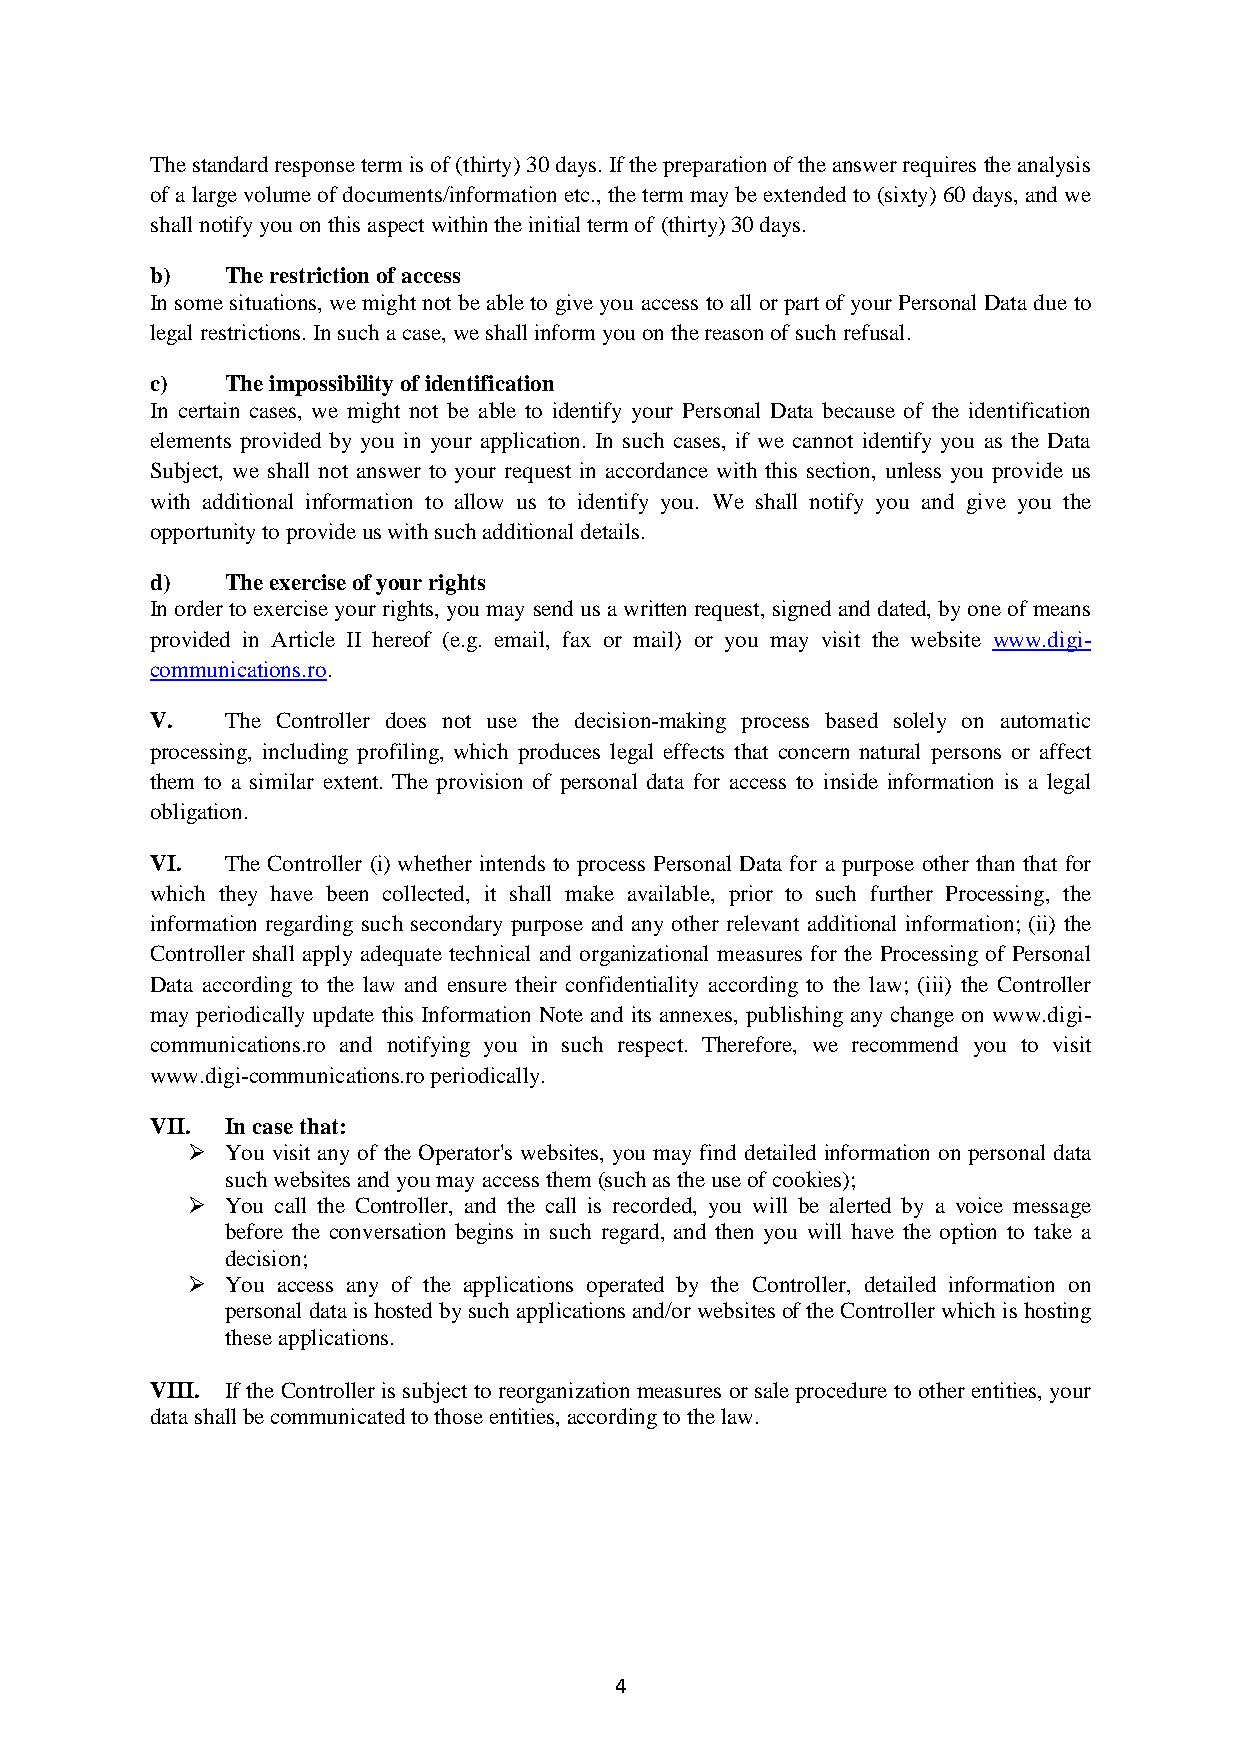
The standard response term is of (thirty) 30 days. If the preparation of the answer requires the analysis
 of a large volume of documents/information etc., the term may be extended to (sixty) 60 days, and we
 shall notify you on this aspect within the initial term of (thirty) 30 days.
 b)   The restriction of access
 In some situations, we might not be able to give you access to all or part of your Personal Data due to
 legal restrictions. In such a case, we shall inform you on the reason of such refusal.
 c)   The impossibility of identification
 In certain cases, we might not be able to identify your Personal Data because of the identification
 elements provided by you in your application. In such cases, if we cannot identify you as the Data
 Subject, we shall not answer to your request in accordance with this section, unless you provide us
 with additional information to allow us to identify you. We shall notify you and give you the
 opportunity to provide us with such additional details.
 d)   The exercise of your rights
 In order to exercise your rights, you may send us a written request, signed and dated, by one of means
 provided in Article II hereof (e.g. email, fax or mail) or you may visit the website www.digi-
 communications.ro.
 V.   The Controller does not use the decision-making process based solely on automatic
 processing, including profiling, which produces legal effects that concern natural persons or affect
 them to a similar extent. The provision of personal data for access to inside information is a legal
 obligation.
 VI.  The Controller (i) whether intends to process Personal Data for a purpose other than that for
 which they have been collected, it shall make available, prior to such further Processing, the
 information regarding such secondary purpose and any other relevant additional information; (ii) the
 Controller shall apply adequate technical and organizational measures for the Processing of Personal
 Data according to the law and ensure their confidentiality according to the law; (iii) the Controller
 may periodically update this Information Note and its annexes, publishing any change on www.digi-
 communications.ro and notifying you in such respect. Therefore, we recommend you to visit
 www.digi-communications.ro periodically.
 VII. In case that:
 ➢  You visit any of the Operator's websites, you may find detailed information on personal data
 such websites and you may access them (such as the use of cookies);
 ➢  You call the Controller, and the call is recorded, you will be alerted by a voice message
 before the conversation begins in such regard, and then you will have the option to take a
 decision;
 ➢  You access any of the applications operated by the Controller, detailed information on
 personal data is hosted by such applications and/or websites of the Controller which is hosting
 these applications.
 VIII. If the Controller is subject to reorganization measures or sale procedure to other entities, your
 data shall be communicated to those entities, according to the law.
 4